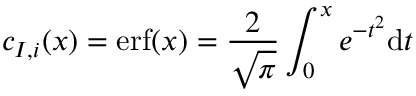
c _ { I , i } ( x ) = \mathrm { e r f } ( x ) = \frac { 2 } { \sqrt { \pi } } \int _ { 0 } ^ { x } e ^ { - t ^ { 2 } } \mathrm { d } t